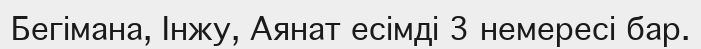
Бегімана, Інжу, Аянат есімді 3 немересі бар.